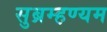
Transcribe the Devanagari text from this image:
सुब्रम्हण्यम